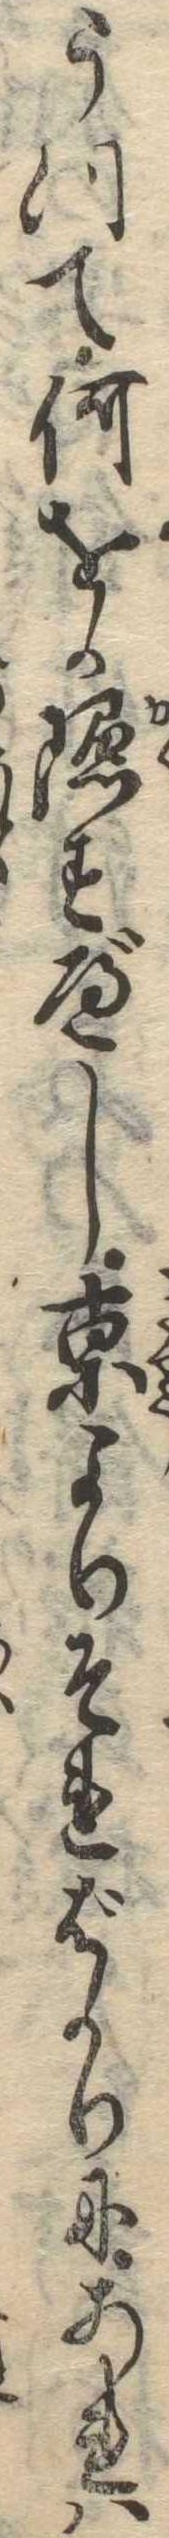
うつて何をか隠すべし京よりそればかりにあれは